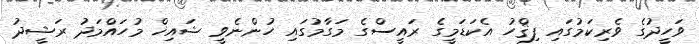
ވަހީދުގެ ވެރިކަމުގައި ފިޤްހު އެކަޑަމީގެ ރައީސްގެ މަގާމުގައި ހުންނެވީ ޝައިޚް މުހައްމަދު ރަޝީދު